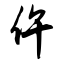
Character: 仵